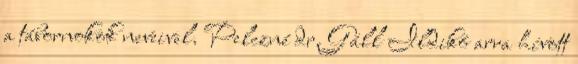
a tábornokok neveivel. Pelczné dr. Gáll Ildikó arra hívott